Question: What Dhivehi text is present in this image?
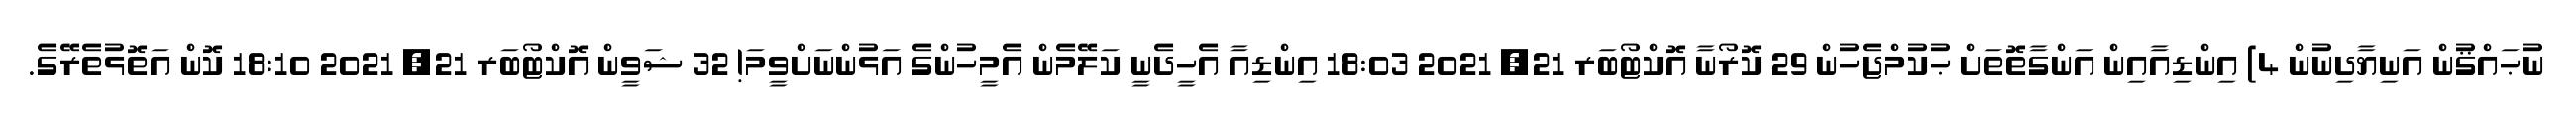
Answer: ނުޙައްޤުން އަނިޔާދިނުން 4) އިންޑިއާއިން އަންގާތޮތަށް ޙުކުމްޖެހުން 29 ކޮރޯނާ އޮކްޓޯބަރ 21, 2021 18:03 އިންޑިއާ އެހީދެނީ ކަލޭމެން އެމީހުންގެ އަޅުންނަށްވީމަ! 32 ޝަވީން އޮކްޓޯބަރ 21, 2021 18:10 ކޮން އަތޮޅުތެރޭގެ.